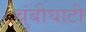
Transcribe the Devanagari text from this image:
चुंबीघाटी